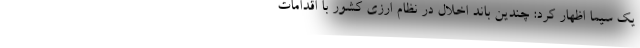
یک سیما اظهار کرد: چندین باند اخلال در نظام ارزی کشور با اقدامات